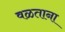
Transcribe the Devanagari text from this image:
वळताना